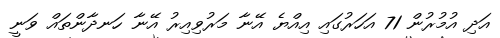
އަދި އުމުރުން 71 އަހަރުގައި އިއްޔެ އޭނާ މަރުވިއިރު އޭނާ ހަނދާންތައް ވަނީ